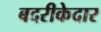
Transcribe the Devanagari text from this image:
बदरीकेदार